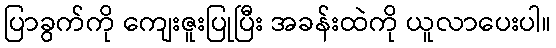
ပြာခွက်ကို ကျေးဇူးပြုပြီး အခန်းထဲကို ယူလာပေးပါ။